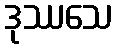
ဒုဿသေ